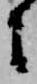
に